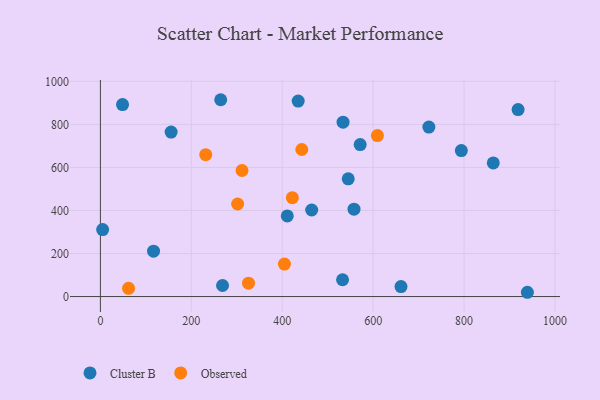
{"axis": {"x": "Ad Spend", "y": "Salary"}, "legend": ["Cluster B", "Observed"], "data": [{"x": "571.5", "y": 706.2, "type": "Cluster B"}, {"x": "435.1", "y": 908.4, "type": "Cluster B"}, {"x": "557.9", "y": 405.9, "type": "Cluster B"}, {"x": "545.2", "y": 547.3, "type": "Cluster B"}, {"x": "155.6", "y": 764.4, "type": "Cluster B"}, {"x": "411.1", "y": 374.5, "type": "Cluster B"}, {"x": "661.3", "y": 46.3, "type": "Cluster B"}, {"x": "939.3", "y": 19.9, "type": "Cluster B"}, {"x": "918.9", "y": 869.1, "type": "Cluster B"}, {"x": "48.7", "y": 892.1, "type": "Cluster B"}, {"x": "116.9", "y": 210.7, "type": "Cluster B"}, {"x": "864.3", "y": 621.1, "type": "Cluster B"}, {"x": "4.9", "y": 311.2, "type": "Cluster B"}, {"x": "794.0", "y": 678.3, "type": "Cluster B"}, {"x": "532.7", "y": 78.2, "type": "Cluster B"}, {"x": "268.7", "y": 51.5, "type": "Cluster B"}, {"x": "264.7", "y": 914.7, "type": "Cluster B"}, {"x": "464.8", "y": 402.2, "type": "Cluster B"}, {"x": "533.8", "y": 810.3, "type": "Cluster B"}, {"x": "722.6", "y": 787.8, "type": "Cluster B"}, {"x": "422.3", "y": 459.3, "type": "Observed"}, {"x": "404.9", "y": 150.8, "type": "Observed"}, {"x": "62.0", "y": 38.2, "type": "Observed"}, {"x": "609.4", "y": 748.2, "type": "Observed"}, {"x": "231.7", "y": 659.3, "type": "Observed"}, {"x": "325.8", "y": 62.2, "type": "Observed"}, {"x": "443.0", "y": 683.4, "type": "Observed"}, {"x": "311.5", "y": 585.9, "type": "Observed"}, {"x": "301.9", "y": 430.1, "type": "Observed"}]}